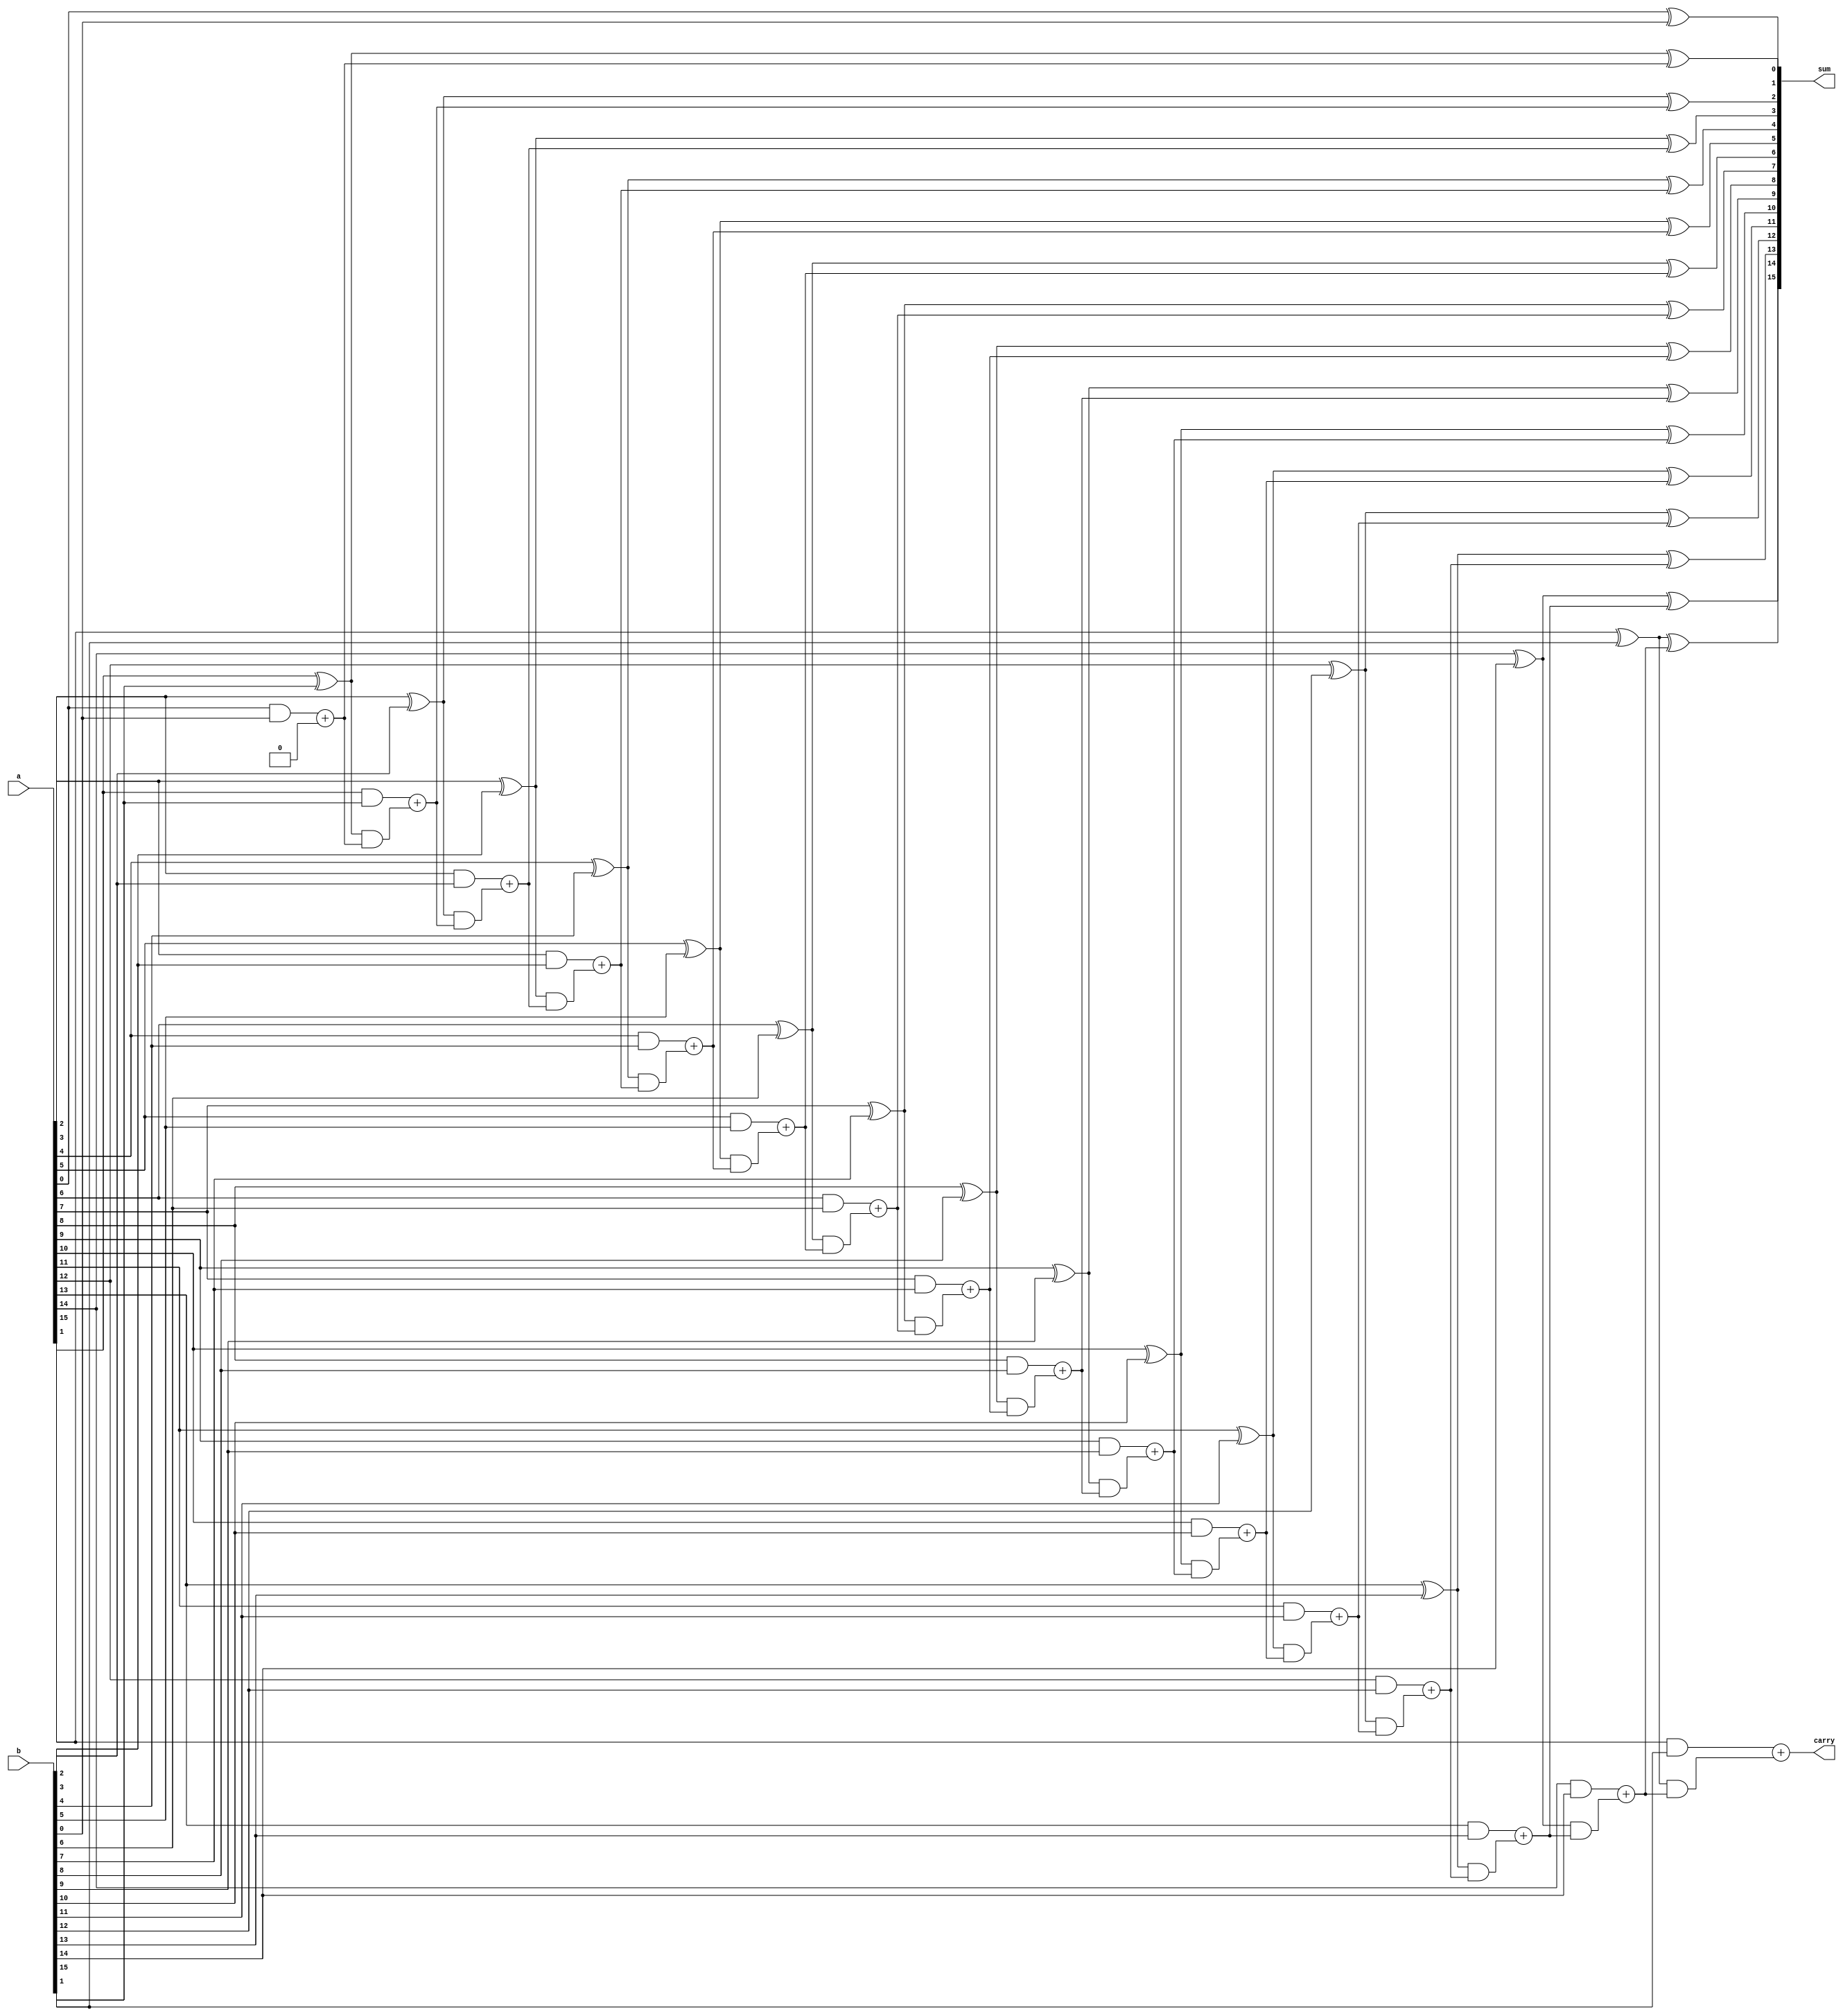
`timescale 1ns / 1ps

module carryskipadder(
    input [15:0] a,
    input [15:0] b,
    output [15:0] sum,
    output carry
    );
    wire [15:0] g,p;
    wire [15:0] s;
    wire [16:0] c;
    genvar i;
    assign c[0]=0;
    
    for (i=0;i<16;i=i+1) begin
        assign p[i] = a[i]^b[i];
        assign s[i] = p[i]^c[i];
        assign c[i+1] = (a[i] & b[i]) + (p[i] & c[i]);
        end
        
 assign sum=s;
 assign carry=c[16];
endmodule